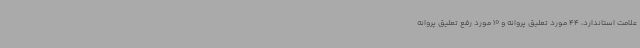
علامت استاندارد، 44 مورد تعلیق پروانه و 10 مورد رفع تعلیق پروانه